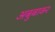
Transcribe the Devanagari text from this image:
अबुबाकर